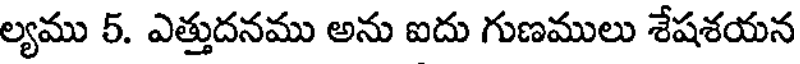
ల్యము 5. ఎత్తుదనము అను ఐదు గుణములు శేషశయన